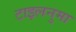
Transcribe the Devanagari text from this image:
टाइलनुमा